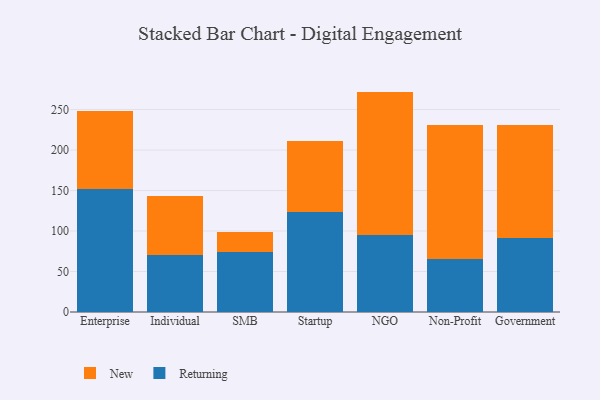
{"axis": {"x": "Segment", "y": "Inventory Turnover"}, "legend": ["New", "Returning"], "data": [{"x": "Enterprise", "y": 151.9, "type": "Returning"}, {"x": "Enterprise", "y": 96.8, "type": "New"}, {"x": "Individual", "y": 70.9, "type": "Returning"}, {"x": "Individual", "y": 72.2, "type": "New"}, {"x": "SMB", "y": 73.9, "type": "Returning"}, {"x": "SMB", "y": 25.2, "type": "New"}, {"x": "Startup", "y": 123.5, "type": "Returning"}, {"x": "Startup", "y": 87.1, "type": "New"}, {"x": "NGO", "y": 95.0, "type": "Returning"}, {"x": "NGO", "y": 177.2, "type": "New"}, {"x": "Non-Profit", "y": 65.8, "type": "Returning"}, {"x": "Non-Profit", "y": 165.4, "type": "New"}, {"x": "Government", "y": 91.2, "type": "Returning"}, {"x": "Government", "y": 140.3, "type": "New"}]}